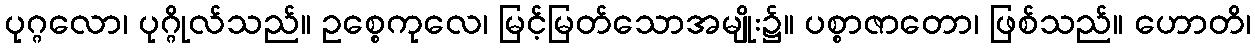
ပုဂ္ဂလော၊ ပုဂ္ဂိုလ်သည်။ ဥစ္စေကုလေ၊ မြင့်မြတ်သောအမျိုး၌။ ပစ္စာဇာတော၊ ဖြစ်သည်။ ဟောတိ၊